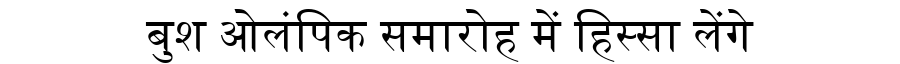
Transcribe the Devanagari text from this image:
बुश ओलंपिक समारोह में हिस्सा लेंगे